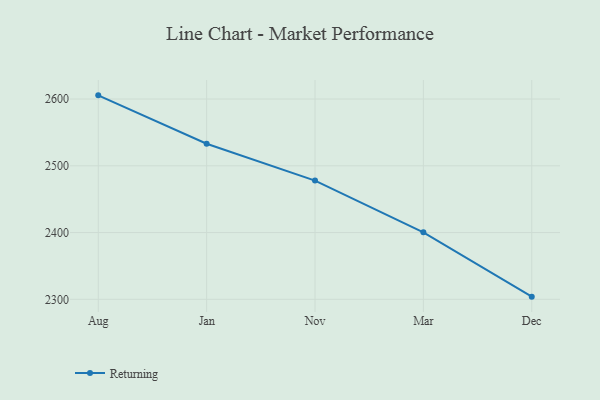
{"axis": {"x": "Month", "y": "Website Visitors"}, "legend": ["Returning"], "data": [{"x": "Aug", "y": 2605.5, "type": "Returning"}, {"x": "Jan", "y": 2533.0, "type": "Returning"}, {"x": "Nov", "y": 2477.8, "type": "Returning"}, {"x": "Mar", "y": 2400.4, "type": "Returning"}, {"x": "Dec", "y": 2304.0, "type": "Returning"}]}